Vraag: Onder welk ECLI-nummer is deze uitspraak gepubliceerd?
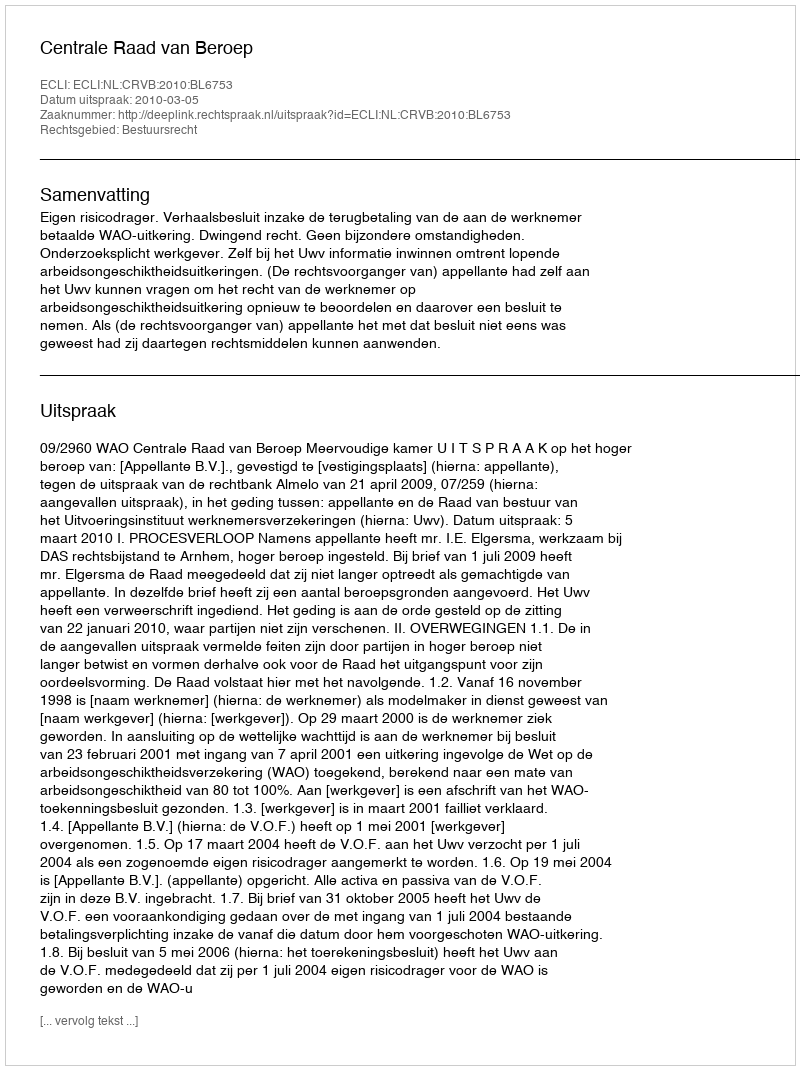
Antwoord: ECLI:NL:CRVB:2010:BL6753